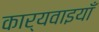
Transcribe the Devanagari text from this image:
कार्यवाइयाँ